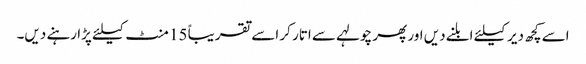
اسے کچھ دیر کیلئے ابلنے دیں اور پھر چولہے سے اتار کر اسے تقریباً 15 منٹ کیلئے پڑا رہنے دیں۔